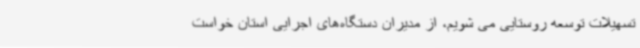
تسهیلات توسعه روستایی می شویم، از مدیران دستگاه‌های اجرایی استان خواست